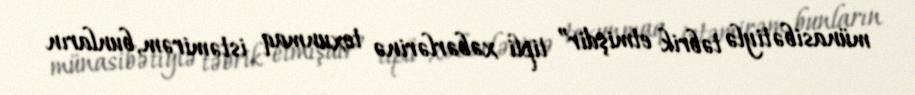
münasibətiylə təbrik etmişdir” tipli xəbərlərinə toxunmaq istəmirəm, bunların